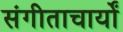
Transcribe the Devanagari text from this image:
संगीताचार्यों